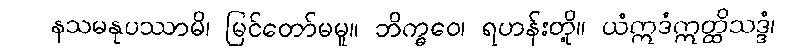
နသမနုပဿာမိ၊ မြင်တော်မမူ။ ဘိက္ခဝေ၊ ရဟန်းတို့။ ယံဣဒံဣတ္ထိသဒ္ဒံ၊